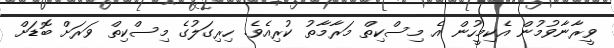
ވީރާނާވުމުން އެކިމީހުން އެ މިސްކިތް މަރާމާތު ކުރިއެވެ. ހިރިގަލުގެ މިސްކިތް ވަރަށް ބޮޑަށް